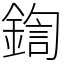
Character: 鍧